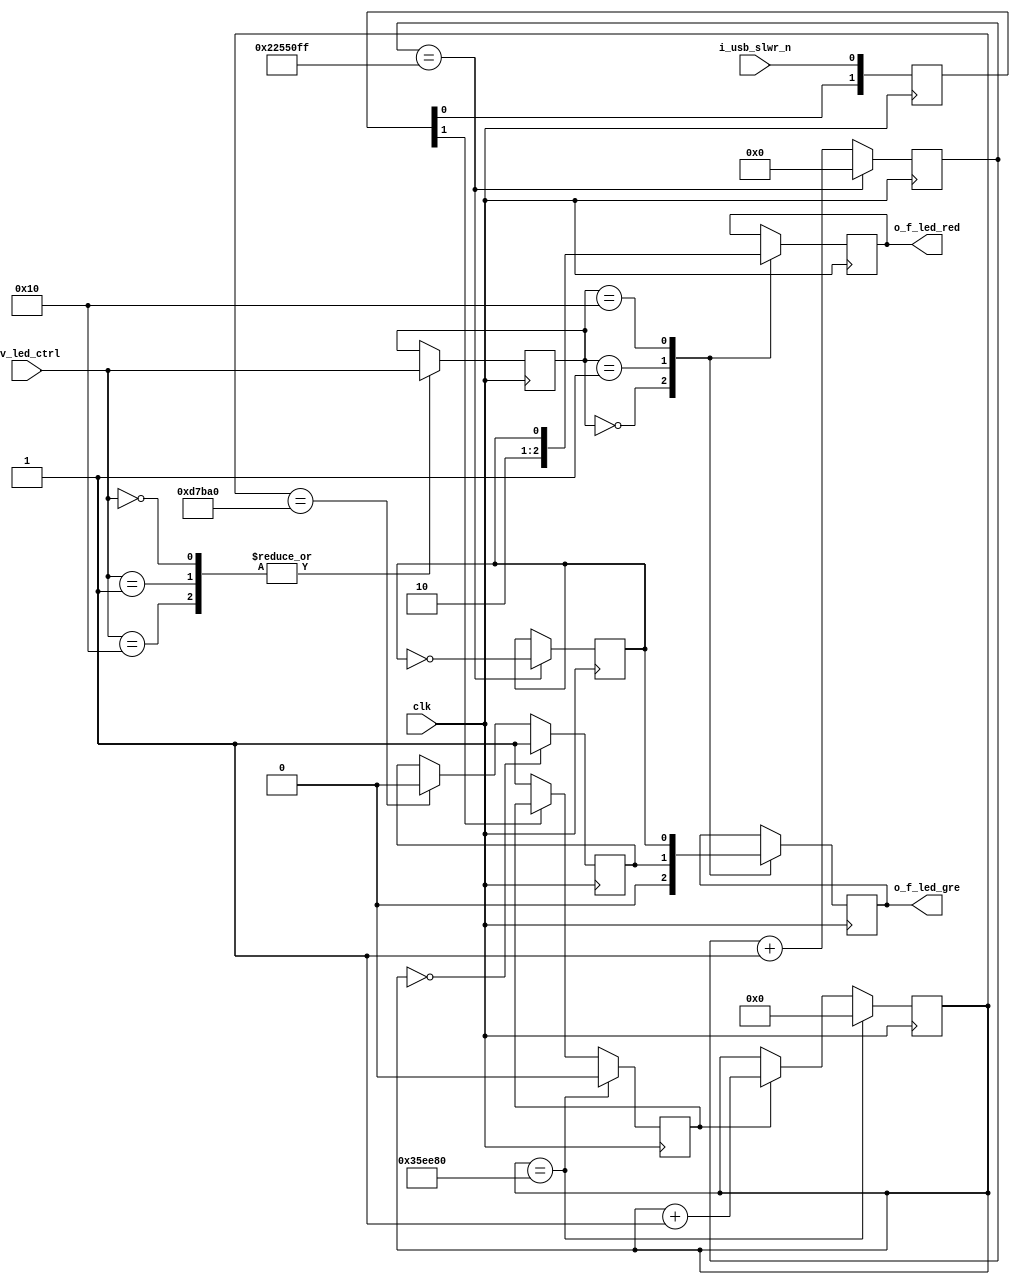
//-------------------------------------------------------------------------------------------------
//  --    : , 2010 -2015.
//  --      .
//  --          : FPGA
//  --        : led_ctrl
//  --        : 
//-------------------------------------------------------------------------------------------------
//
//  --  :
//
//  --          :| 				:|  
//-------------------------------------------------------------------------------------------------
//  --        :| 2014/12/1 14:54:14	:|  
//-------------------------------------------------------------------------------------------------
//
//  --      : led 
//              1)  : LED
//
//              2)  : 2LED
//
//              3)  : ... ...
//
//-------------------------------------------------------------------------------------------------
///
`timescale 1ns/1ps
//-------------------------------------------------------------------------------------------------

module led_ctrl # (
	parameter		LED_CTRL_WIDTH					= 5		//LED CTRL 
	)
	(
	//
	input								clk				,	//
	//
	input								i_usb_slwr_n	,	//GPIF clk_gpif
	//  -------------------------------------------------------------------------------------
	//	led_ctrl
	//	0x00:FPGA
	//	0x01:
	//	0x10:(1Hz)
	//  -------------------------------------------------------------------------------------
	input	[LED_CTRL_WIDTH-1:0]		iv_led_ctrl		,	//ledFPGALEDLED
	//FPGA 
	output								o_f_led_gre		,	//
	output								o_f_led_red			//
	);

	//	ref signals
	reg		[1:0]		usb_wr_shift	= 2'b0;
	reg		[4:0]		led_ctrl_reg	= 5'b0;
	reg		[25:0]		div_72m_1hz_cnt	= 26'b0;
	reg					twinkle_1hz		= 1'b0;
	reg					led_gre			= 1'b0;
	reg					led_red			= 1'b0;

	//	-------------------------------------------------------------------------------------
	//	LED50ms
	//	-------------------------------------------------------------------------------------
	reg		[21:0]		transit_twinkle_period		= 22'h35ee80;
	reg					twinkle_20hz_cnt_en			= 1'b0;
	reg		[21:0]		div_72m_20hz_cnt			= 22'b0;
	reg					twinkle_20hz				= 1'b0;


	//	ref ARCHITECTURE
	//	===============================================================================================
	//	ref ***led_ctrl***
	//	===============================================================================================
	//  -------------------------------------------------------------------------------------
	//	
	//  -------------------------------------------------------------------------------------
	always @ (posedge clk) begin
		usb_wr_shift	<= {usb_wr_shift[0],i_usb_slwr_n};
	end

	//	-------------------------------------------------------------------------------------
	//	led_ctrl
	//	led_ctrl_reg
	//	-------------------------------------------------------------------------------------
	always @ (posedge clk) begin
		case(iv_led_ctrl[4:0])
			5'h00,5'h01,5'h10	: begin
				led_ctrl_reg	<= iv_led_ctrl;
			end
			default	: begin
				led_ctrl_reg	<= led_ctrl_reg;
			end
		endcase
	end

	//  -------------------------------------------------------------------------------------
	//	1Hz
	//  -------------------------------------------------------------------------------------
	always @ (posedge clk) begin
		if(div_72m_1hz_cnt==26'h22550FF) begin
			div_72m_1hz_cnt	<= 26'b0;
		end
		else begin
			div_72m_1hz_cnt	<= div_72m_1hz_cnt + 1'b1;
		end
	end

	always @ (posedge clk) begin
		if(div_72m_1hz_cnt==26'h22550FF) begin
			twinkle_1hz	<= !twinkle_1hz;
		end
	end

	//  -------------------------------------------------------------------------------------
	//	
	//  -------------------------------------------------------------------------------------
	always @ (posedge clk) begin
		case(led_ctrl_reg[4:0])
			5'h00 	: led_gre	<= 1'b0;
			5'h01	: led_gre	<= twinkle_20hz;
			5'h10	: led_gre	<= twinkle_1hz;
			default	: ;//
		endcase
	end
	assign	o_f_led_gre	= led_gre;

	//  -------------------------------------------------------------------------------------
	//	
	//  -------------------------------------------------------------------------------------
	always @ (posedge clk) begin
		case(led_ctrl_reg[4:0])
			5'h00	: led_red	<= 1'b1;
			5'h01	: led_red	<= 1'b0;
			5'h10	: led_red	<= twinkle_1hz;
			default	: ;//
		endcase
	end
	assign	o_f_led_red	= led_red;

	//	===============================================================================================
	//	ref ******
	//	===============================================================================================
	//	-------------------------------------------------------------------------------------
	//	
	//	1.50ms
	//	2.50ms
	//	3.
	//	-------------------------------------------------------------------------------------
	always @ (posedge clk) begin
		if(div_72m_20hz_cnt==transit_twinkle_period) begin
			twinkle_20hz_cnt_en	<= 1'b0;
		end
		else if(!usb_wr_shift[1]) begin
			twinkle_20hz_cnt_en	<= 1'b1;
		end
	end

	//	-------------------------------------------------------------------------------------
	//	div_72m_20hz_cnt 
	//	1.50ms0
	//	2.
	//	-------------------------------------------------------------------------------------
	always @ (posedge clk) begin
		if(div_72m_20hz_cnt==transit_twinkle_period) begin
			div_72m_20hz_cnt	<= 22'b0;
		end
		else if(twinkle_20hz_cnt_en) begin
			div_72m_20hz_cnt	<= div_72m_20hz_cnt + 1'b1;
		end
	end

	//	-------------------------------------------------------------------------------------
	//	
	//	1.01led
	//	2.1/4led
	//	3.1/4led
	//	-------------------------------------------------------------------------------------
	always @ (posedge clk) begin
		if(div_72m_20hz_cnt==22'b0) begin
			twinkle_20hz	<= 1'b1;
		end
		else if(div_72m_20hz_cnt=={2'b00,transit_twinkle_period[21:2]}) begin
			twinkle_20hz	<= 1'b0;
		end
	end


endmodule